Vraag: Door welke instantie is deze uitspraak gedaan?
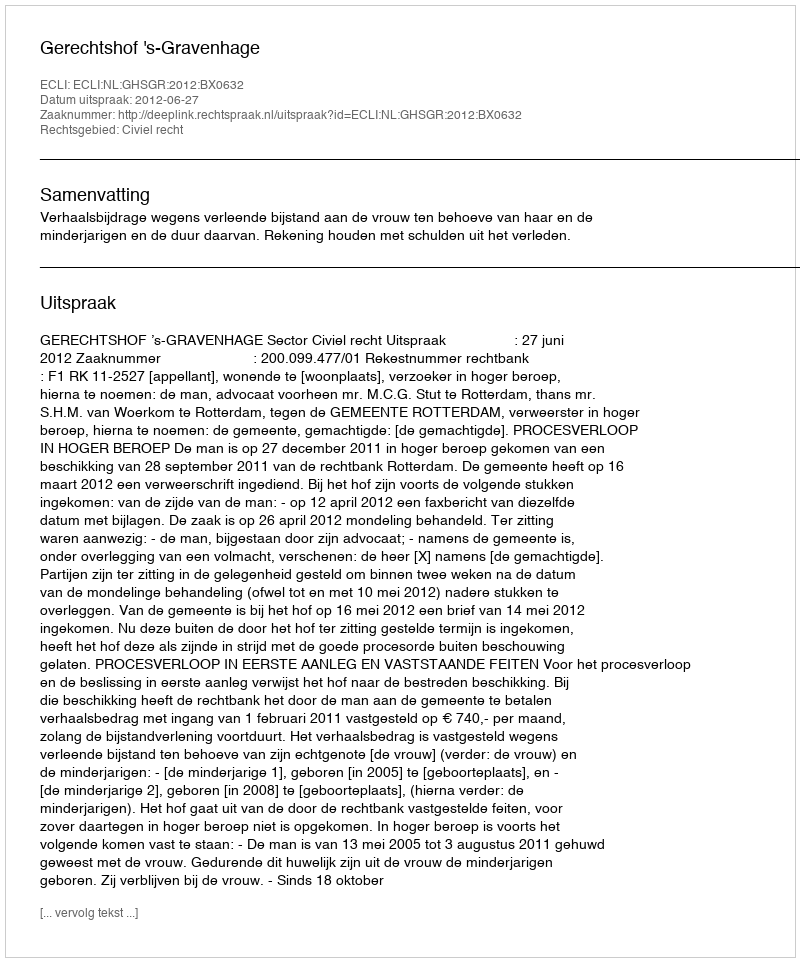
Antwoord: Gerechtshof 's-Gravenhage